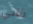
فاني